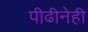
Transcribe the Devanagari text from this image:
पीढीनेही